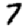
Digit: 7